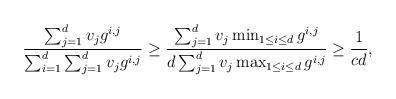
\begin{align*}\frac{ \sum_{j=1}^d v_j g^{i,j} }{ \sum_{i=1}^d \sum_{j=1}^d v_j g^{i,j} }\geq \frac{ \sum_{j=1}^d v_j \min_{1 \leq i \leq d} g^{i,j} }{ d \sum_{j=1}^d v_j \max_{1 \leq i \leq d} g^{i,j} }\geq \frac{1}{cd}, \end{align*}